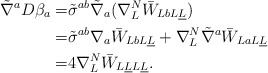
\begin{align*}\tilde \nabla^a D \beta_a =& \tilde \sigma^{ab}\tilde \nabla_a (\nabla^N_L \bar W_{Lb L \underline L})\\=& \tilde \sigma^{ab} \nabla_a \bar W_{Lb L \underline L}+\nabla^N_L \tilde \nabla^a \bar W_{La L \underline L} \\=& 4 \nabla^N_L \bar W_{L\underline L L \underline L}.\end{align*}